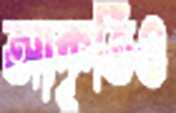
আকৃতিও